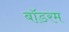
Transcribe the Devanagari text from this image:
बॉडरम